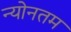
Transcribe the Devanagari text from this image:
न्योनतम